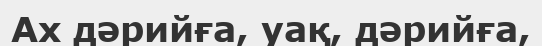
Ах дәрийға, уақ, дәрийға,